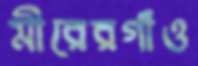
মীরেরগাঁও